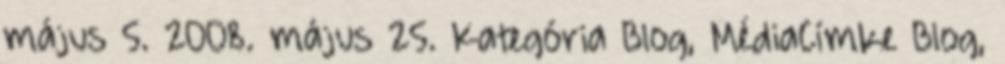
május 5. 2008. május 25. Kategória Blog, MédiaCímke Blog,